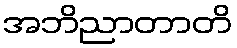
အဘိညာတာတိ